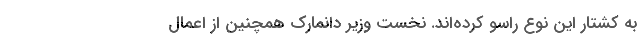
به کشتار این نوع راسو کرده‌اند. نخست وزیر دانمارک همچنین از اعمال